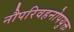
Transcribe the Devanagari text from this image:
नौपरिवहनोपयुक्त